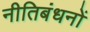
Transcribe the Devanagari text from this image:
नीतिबंधनों